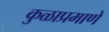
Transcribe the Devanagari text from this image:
कुळाप्रमाणे